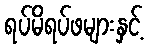
ရပ်မိရပ်ဖများနှင့်